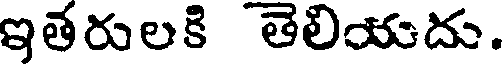
ఇతరులకి తెలియదు.